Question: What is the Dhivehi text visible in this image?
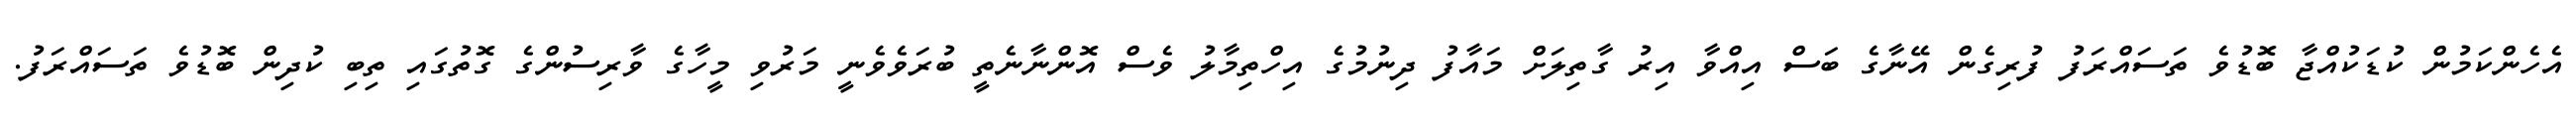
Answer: އެހެންކަމުން ކުޑަކުއްޖާ ބޮޑުވެ ތަސައްރަފު ފުރިގެން އޭނާގެ ބަސް އިއްވާ އިރު ގާތިލަށް މައާފު ދިނުމުގެ އިހްތިމާލު ވެސް އޮންނާނެތީ ބުރަވެވެނީ މަރުވި މީހާގެ ވާރިސުންގެ ގޮތުގައި ތިބި ކުދިން ބޮޑުވެ ތަސައްރަފު.